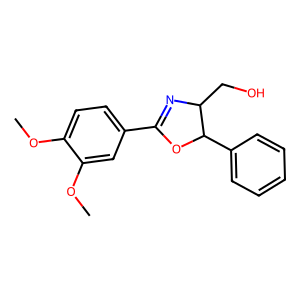
SMILES: COc1ccc(C2=NC(CO)C(c3ccccc3)O2)cc1OC
Inhibits HIV replication: No